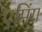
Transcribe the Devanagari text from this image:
एमिंग